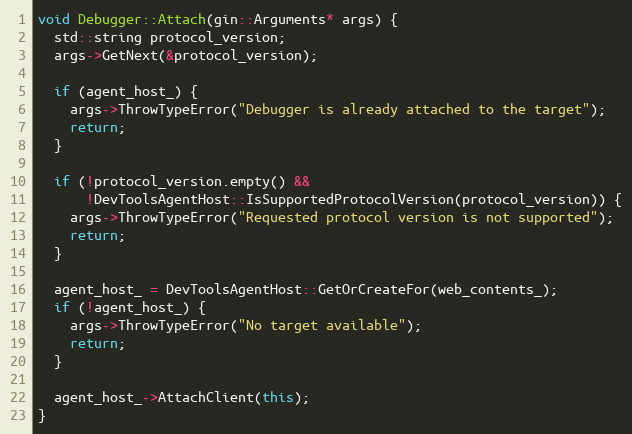
Language: C++
void Debugger::Attach(gin::Arguments* args) {
  std::string protocol_version;
  args->GetNext(&protocol_version);

  if (agent_host_) {
    args->ThrowTypeError("Debugger is already attached to the target");
    return;
  }

  if (!protocol_version.empty() &&
      !DevToolsAgentHost::IsSupportedProtocolVersion(protocol_version)) {
    args->ThrowTypeError("Requested protocol version is not supported");
    return;
  }

  agent_host_ = DevToolsAgentHost::GetOrCreateFor(web_contents_);
  if (!agent_host_) {
    args->ThrowTypeError("No target available");
    return;
  }

  agent_host_->AttachClient(this);
}